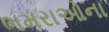
ભમરાઓના